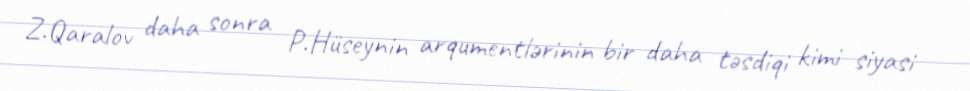
Z.Qaralov daha sonra P.Hüseynin arqumentlərinin bir daha təsdiqi kimi siyasi